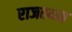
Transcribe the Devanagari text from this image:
राजस्थन